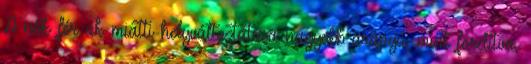
A nők férﬁak miatti helyváltoztatása nagyobb arányú, mint fordítva,